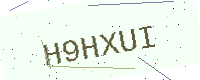
Text: H9HXUI